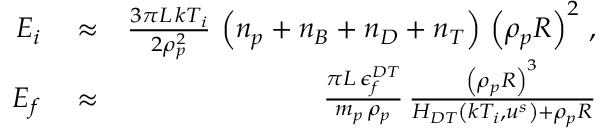
\begin{array} { r l r } { E _ { i } } & { { } \approx } & { \frac { 3 \pi L \, k T _ { i } } { 2 \rho _ { p } ^ { 2 } } \, \left( n _ { p } + n _ { B } + n _ { D } + n _ { T } \right) \, \left( \rho _ { p } R \right) ^ { 2 } \, , } \\ { E _ { f } } & { { } \approx } & { \frac { \pi L \, \epsilon _ { f } ^ { D T } } { m _ { p } \, \rho _ { p } } \, \frac { \left( \rho _ { p } R \right) ^ { 3 } } { H _ { D T } \left( k T _ { i } , u ^ { s } \right) + \rho _ { p } R } } \end{array}